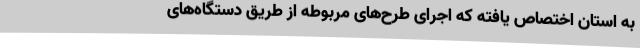
به استان اختصاص یافته که اجرای طرح‌های مربوطه از طریق دستگاه‌های